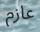
عازم